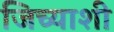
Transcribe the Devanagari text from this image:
जिच्याशी